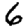
Digit: 6